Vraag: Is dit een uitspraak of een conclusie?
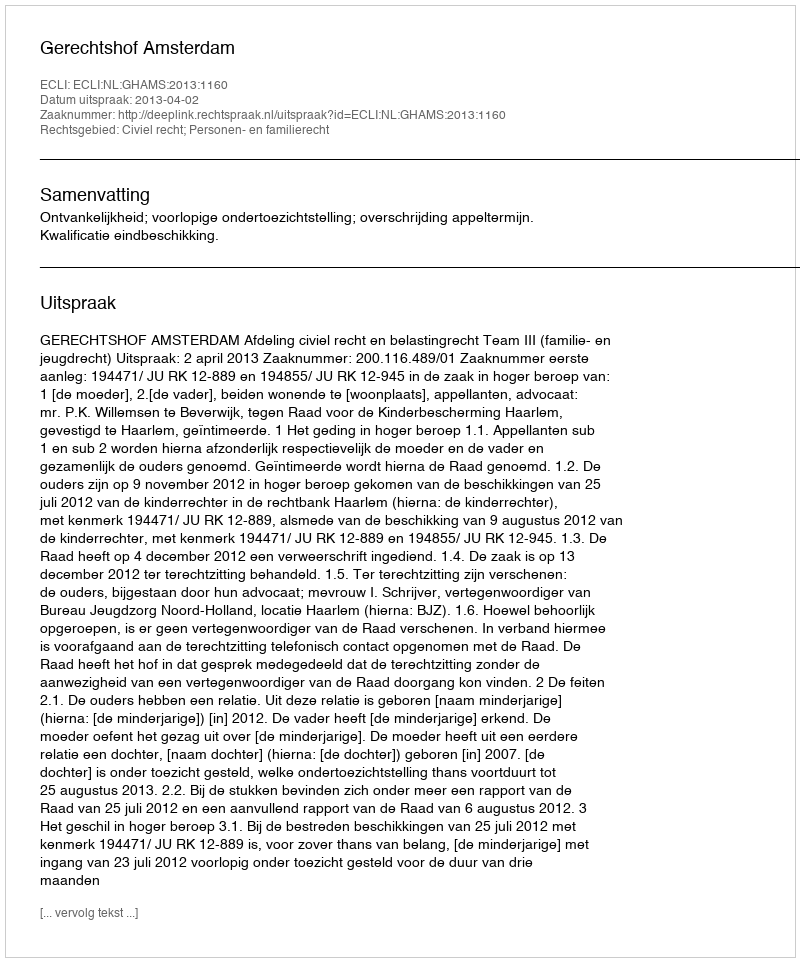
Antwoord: Uitspraak